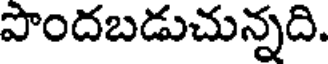
పొందబడుచున్నది.